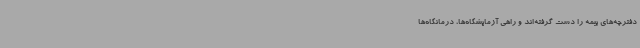
دفترچه‌های بیمه را دست گرفته‌اند و راهی آزمایشگاه‌ها، درمانگاه‌ها